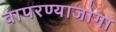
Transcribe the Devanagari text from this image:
वापरण्याजोगा